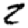
Digit: 2